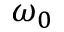
\omega _ { 0 }